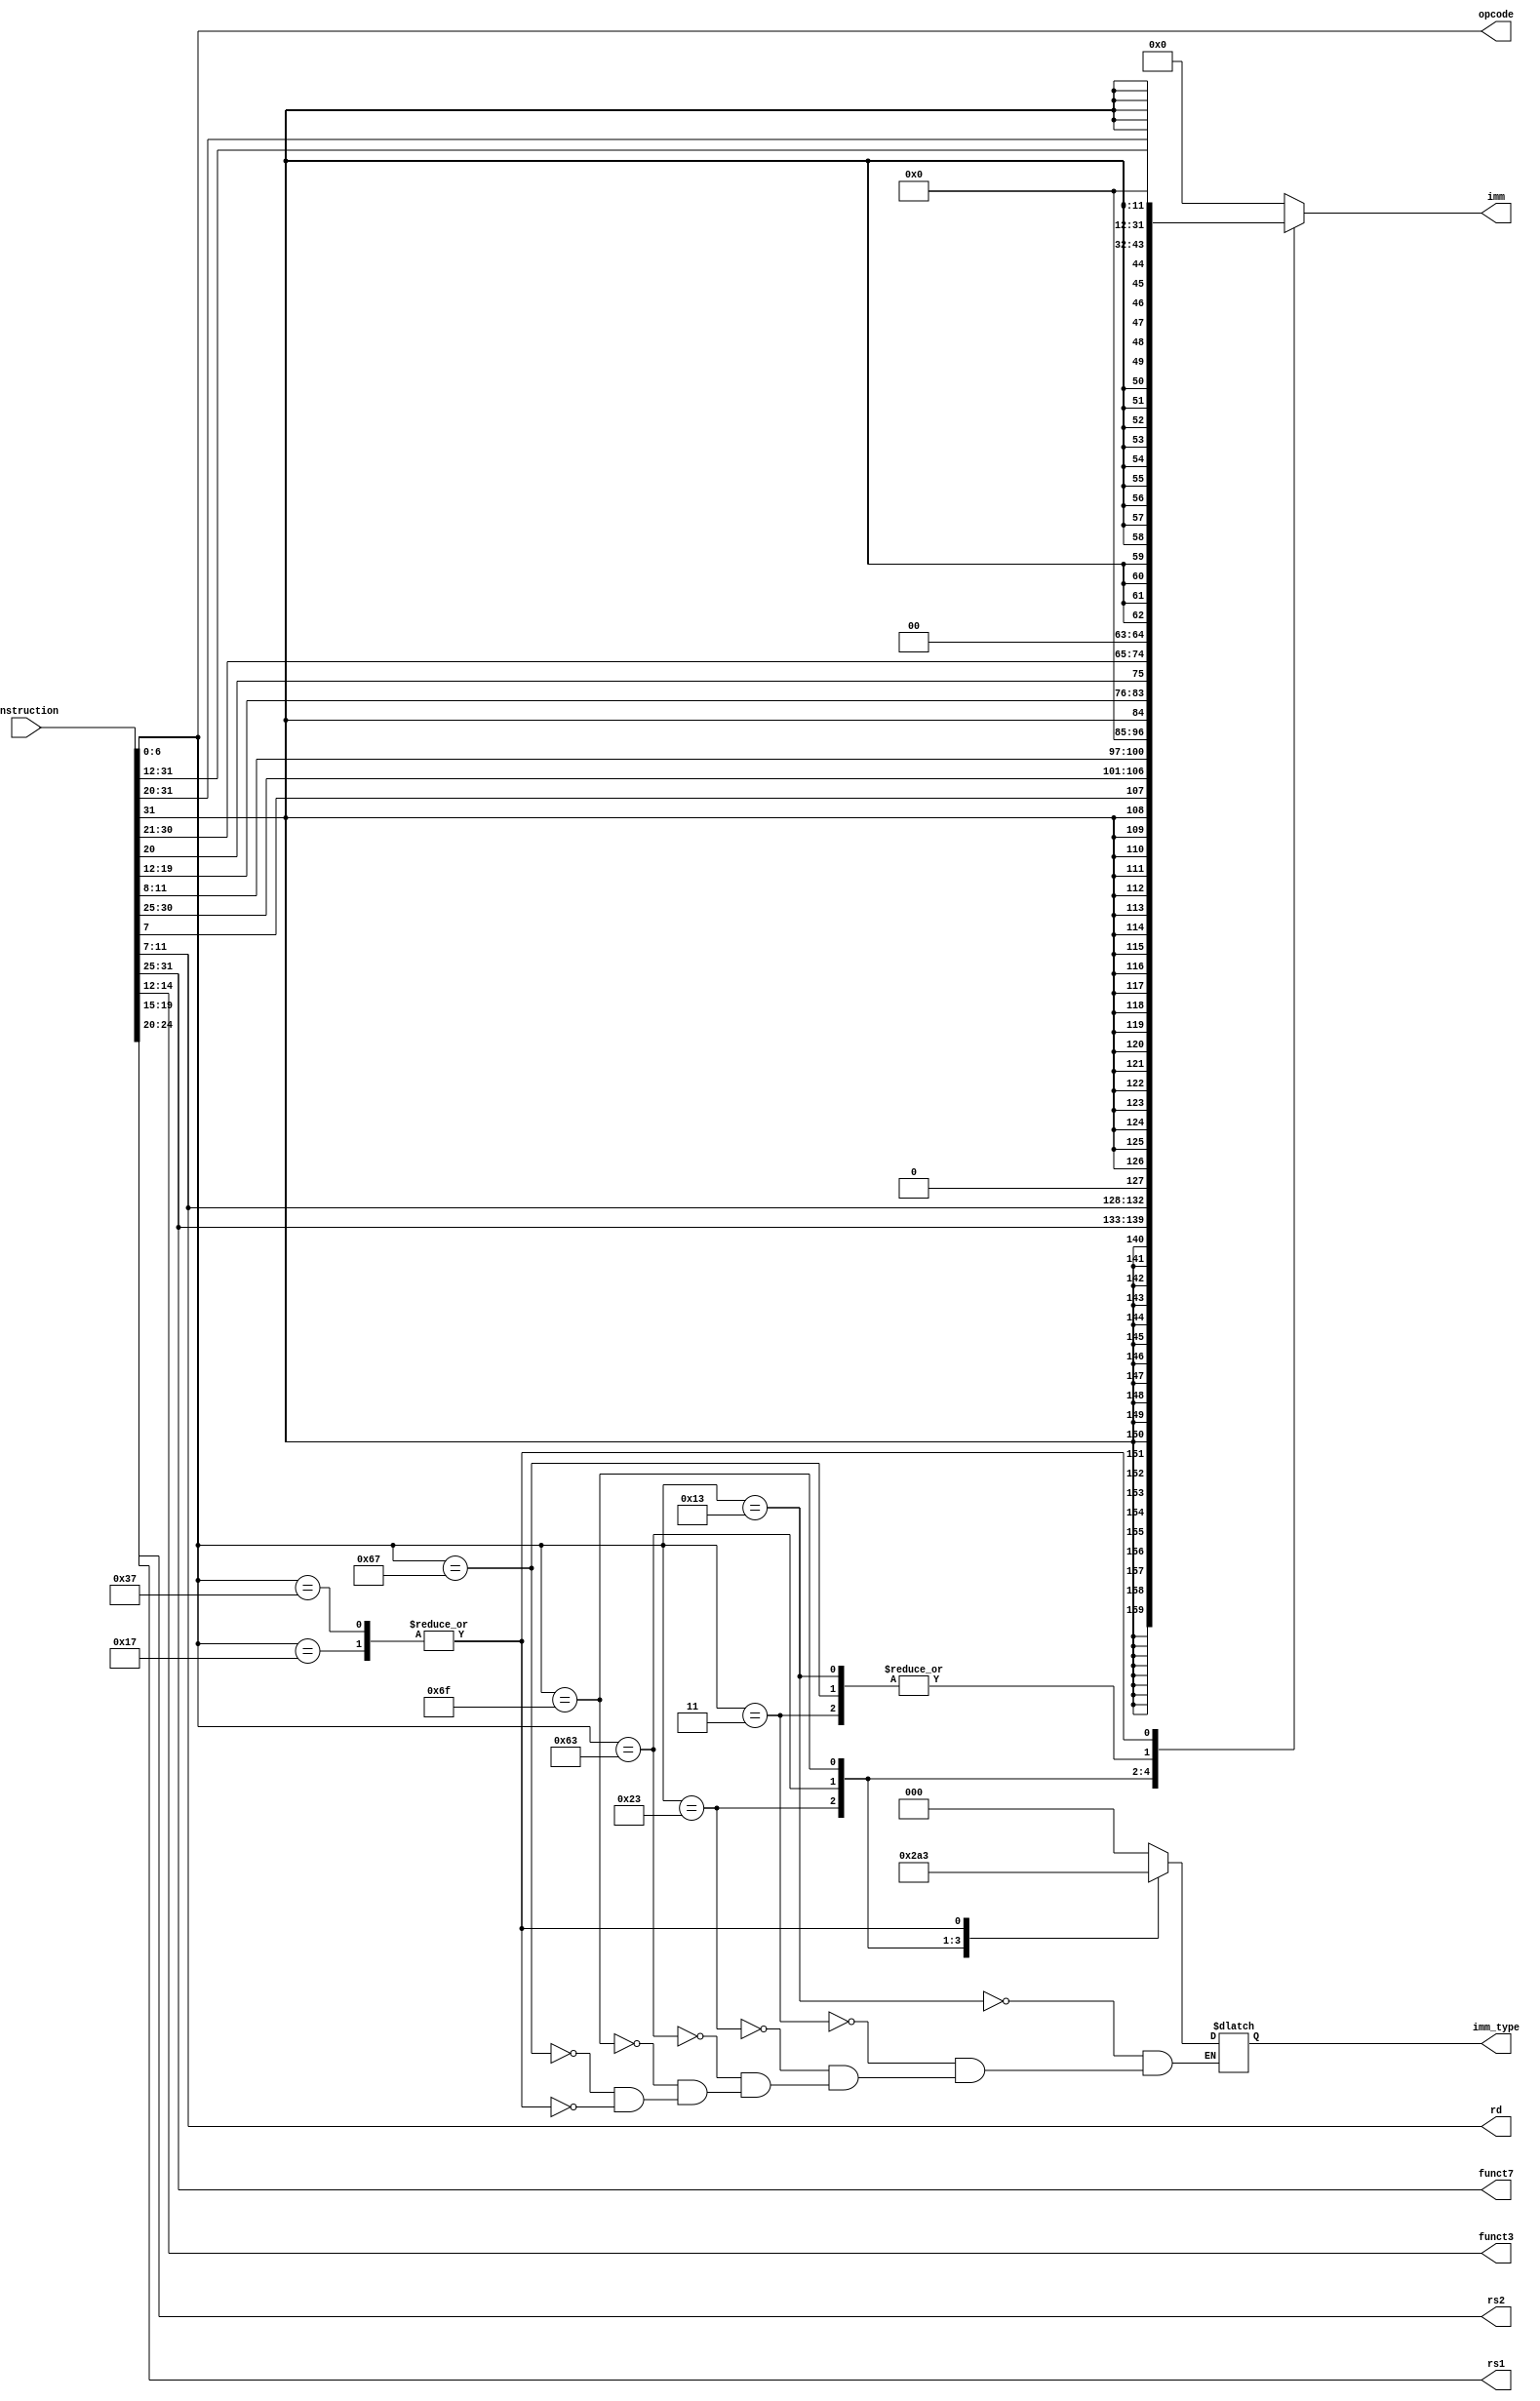
module decoder(
               input [31:0]      instruction,
               output reg [6:0]  opcode,
               output reg [2:0]  funct3,
               output reg [6:0]  funct7,
               output reg [4:0]  rd,
               output reg [4:0]  rs1,
               output reg [4:0]  rs2,
               output reg [31:0] imm,
               output reg [2:0]  imm_type
               );

   // comb circuit
   always @(*) begin
      opcode = instruction[6:0];
      rd = instruction[11:7];
      funct3 = instruction[14:12];
      rs1 = instruction[19:15];
      rs2 = instruction[24:20];
      funct7 = instruction[31:25];

      // initialize default value for imm
      imm = 32'b0;

      // dealing with imm instructions
      case(opcode)
        7'b0010011: begin // I-type
           imm = {{20{instruction[31]}}, instruction[30:20]};
           imm_type = 3'b000;
        end
        7'b0000011: begin // Load (subset of I-type)
           imm = {{20{instruction[31]}}, instruction[30:20]};
           imm_type = 3'b000; // load instructions have different opcodes but same imm_type code NOTE
        end
        7'b0100011: begin// S-type
           imm = {{20{instruction[31]}}, instruction[31:25], instruction[11:7]};
           imm_type = 3'b001;
        end
        7'b1100011: begin // B-type
           imm = {{19{instruction[31]}}, instruction[7], instruction[30:25], instruction[11:8], 1'b0};
           imm_type = 3'b010;
        end
        // 7'b0110111,
        //   7'b0010111: begin // U-type
        //      imm = {instruction[31], instruction[30:20], instruction[19:12], {11{1'b0}}};
        //      imm_type = 3'b011;
        //   end
        7'b1101111: begin // jal
           imm = {instruction[31], instruction[19:12], instruction[20], instruction[30:25], instruction[24:21], 1'b0};
           imm_type = 3'b100;
        end
        7'b1100111: begin // jalr (I-instruction)
           imm = {{20{instruction[31]}}, instruction[30:20]};
           imm_type = 3'b000;
        end
        7'b0110111,
        7'b0010111: begin // U-type instruction
           imm = {instruction[31:12], 12'b0};
           imm_type = 3'b011;
        end
      endcase
   end
endmodule